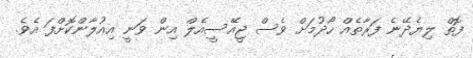
ފޮތް ލިޔެދޭނެ ފަރާތެއް ހޯދުމަށް ވެސް ޖީއޭސީއެލް އިން ވަނީ އިއުލާންކޮށްފަ އެވެ.